Code of medical and sanitary regulations for the guidance of medical officers serving in the Madras Presidency - Volume I
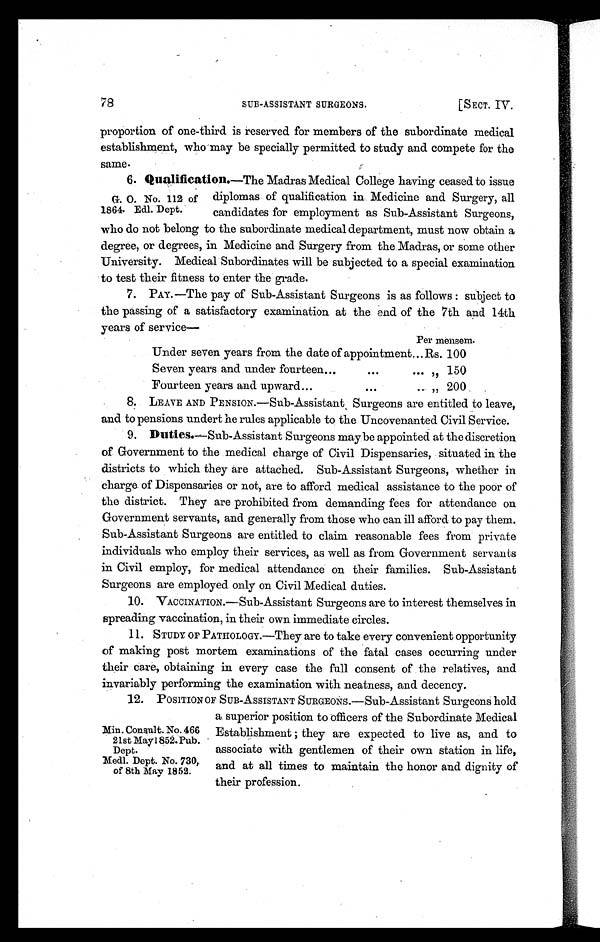
78
SUB-ASSISTANT SURGEONS.
[SECT. IV.
proportion of one-third is reserved for members of the subordinate medical
establishment, who may be specially permitted to study and compete for the
same.
6. Qualification.—The Madras Medical College having ceased to issue
G . O . N o . 1 1 2 o f d i p l o m a s o f q u a l i f i c a t i o n i n M e d i c i n e a n d S u r g e r y , a l l
1864. Edl. Dept. candidates for employment as Sub-Assistant Surgeons,
who do not belong to the subordinate medical department, must now obtain a
degree, or degrees, in Medicine and Surgery from the Madras, or some other
University. Medical Subordinates will be subjected to a special examination
to test their fitness to enter the grade.
7. PAY.—The pay of Sub-Assistant Surgeons is as follows : subject to
the passi ng of a sati sfactory exami nati on at the end of the 7th and 14th
years of service
—
Per mensem.
Under seven years from the date of appointment... Rs. 100
Seven years and under fourteen... •••
••• , , , , 150
Fourteen years and upward...
•••
... „ 200 .
1.
8. LEAVE AND PENSION.—Sub-Assistant, Surgeons are entitled to leave,
and to pensions undert he rules applicable to the Uncovenanted Civil Service.
2.
9. Duties.—Sub-Assistant Surgeons maybe appointed at the discretion
of Government to the medical charge of Civil Dispensaries, situated in the
districts to which they are attached. Sub-Assistant Surgeons, whether in
charge of Dispensaries or not, are to afford medical assistance to the poor of
the district. They are prohibited from demanding fees for attendance on
Government servants, and generally from those who can ill afford to pay them.
Sub-Assistant Surgeons are entitled to claim reasonable fees from private
individuals who employ their services, as well as from Government servants
in Civil employ, for medical attendance on their families. Sub-Assistant
Surgeons are employed only on Civil Medical duties.
3.
10. VACCINATION.—Sub-Assistant Surgeons are to interest themselves in
spreading vaccination, in their own immediate circles.
4.
11. STUDY OF PATHOLOGY.—They are to take every convenient opportunity
of making post mortem examinations of the fatal cases occurring under
their care, obtaining in every case the full consent of the relatives, and
invariably performing the examination with neatness, and decency.
5.
12. POSITION OF SUB-ASSISTANT SURGEONS.—Sub-Assistant Surgeons hold
a. superior position to officers of the Subordinate Medical
Min. Consult. No. 466 Establishment they are expected to live as, and to
21st May 1852.Pub.
Dept. associate with gentlemen of their own station in life,
Medl. Dept. No. 730, and at all times to maintain the honor and dignity of
of 8th May 1852. their profession.